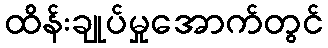
ထိန်းချုပ်မှုအောက်တွင်